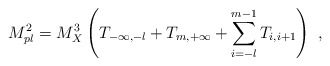
\begin{align*}M_{pl}^2 = M_X^3 \left( T_{-\infty, -l} + T_{m, +\infty} + \sum_{i=-l}^{m-1} T_{i, i+1} \right) ~,~ \,\end{align*}